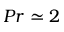
P r \simeq 2